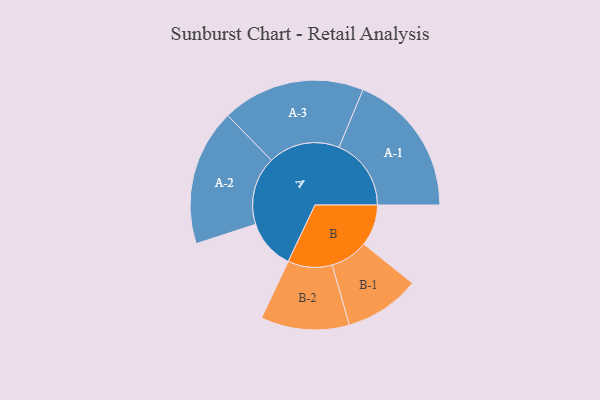
{"axis": {"x": "Segment", "y": "Value"}, "legend": ["", "A", "B"], "data": [{"x": "A", "y": 177, "type": ""}, {"x": "B", "y": 147, "type": ""}, {"x": "A-1", "y": 256, "type": "A"}, {"x": "A-2", "y": 242, "type": "A"}, {"x": "A-3", "y": 254, "type": "A"}, {"x": "B-1", "y": 134, "type": "B"}, {"x": "B-2", "y": 157, "type": "B"}]}